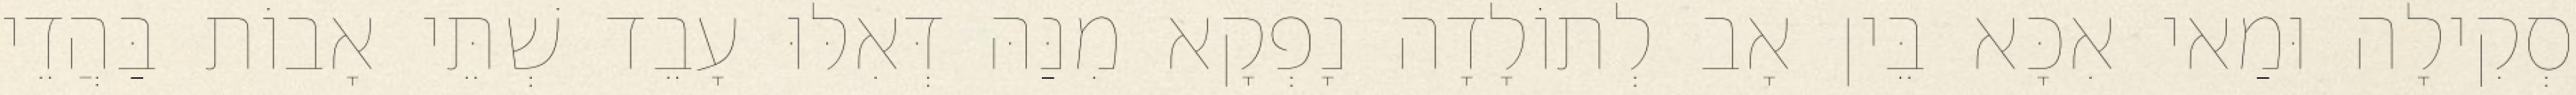
סְקִילָה וּמַאי אִכָּא בֵּין אָב לְתוֹלָדָה נָפְקָא מִנַּהּ דְּאִלּוּ עָבֵד שְׁתֵּי אָבוֹת בַּהֲדֵי